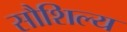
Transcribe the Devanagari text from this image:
सौशिल्य